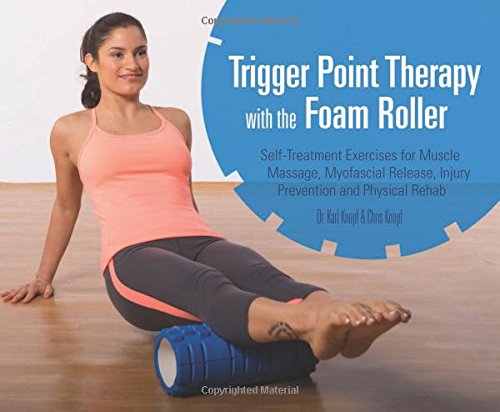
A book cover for Trigger Point Therapy with the Foam Roller: Exercises for Muscle Massage, Myofascial Release, Injury Prevention and Physical Rehab; Karl Knopf; Health, Fitness & Dieting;